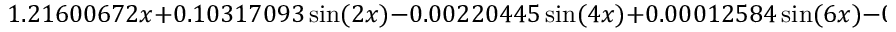
1 . 2 1 6 0 0 6 7 2 x + 0 . 1 0 3 1 7 0 9 3 \sin ( 2 x ) - 0 . 0 0 2 2 0 4 4 5 \sin ( 4 x ) + 0 . 0 0 0 1 2 5 8 4 \sin ( 6 x ) - 0 . 0 0 0 0 1 0 1 1 \sin ( 8 x ) + \cdots